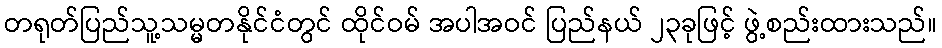
တရုတ်ပြည်သူ့သမ္မတနိုင်ငံတွင် ထိုင်ဝမ် အပါအဝင် ပြည်နယ် ၂၃ခုဖြင့် ဖွဲ့စည်းထားသည်။